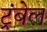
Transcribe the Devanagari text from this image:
ट्रंबेल